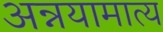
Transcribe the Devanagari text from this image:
अन्नयामात्य